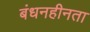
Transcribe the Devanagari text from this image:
बंधनहीनता